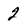
Character: 2